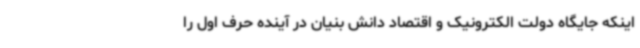
اینکه جایگاه دولت الکترونیک و اقتصاد دانش بنیان در آینده حرف اول را